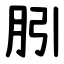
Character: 䏖